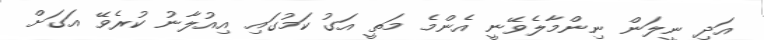
އަދި ނީލަން ނިންމާލެވޭނީ އެންމެ މަތީ އަގު ކަމުގައި އިއުލާނު ކުރެވޭ އަގަށް